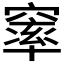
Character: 𮄓